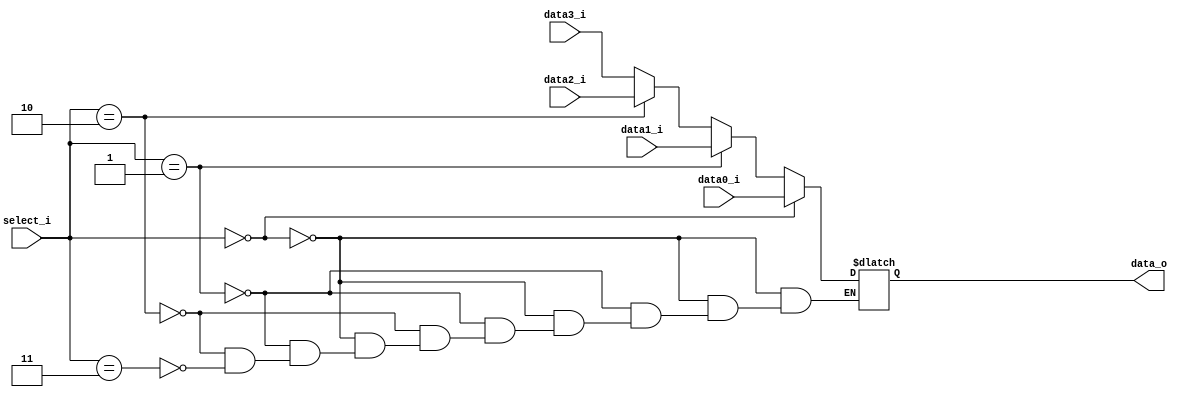
//Subject:     CO project 2 - MUX 2to1
//--------------------------------------------------------------------------------
//Version:     1
//--------------------------------------------------------------------------------
//Writer:      0616086
//----------------------------------------------
//----------------------------------------------
//Description: 
//--------------------------------------------------------------------------------
     
module MUX_4to1(
               data0_i,
               data1_i,
			   data2_i,
			   data3_i,
               select_i,
               data_o
               );	   
			
parameter size = 0;	
			
//I/O ports               
input	[size-1:0]   data0_i;          
input	[size-1:0]   data1_i;
input	[size-1:0]   data2_i;
input	[size-1:0]   data3_i;
input   [1:0]		 select_i;

output	[size-1:0]   data_o; 

reg		[size-1:0]	 result;

always@(*)begin
	if(select_i == 2'd0) result = data0_i; 
	else if(select_i == 2'd1) result = data1_i; 
	else if(select_i == 2'd2) result = data2_i; 
	else if(select_i == 2'd3) result = data3_i; 
end
assign data_o = result;
endmodule